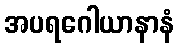
အပရဂေါယာနာနံ